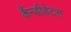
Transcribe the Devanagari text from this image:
कैंन्डीडेटस